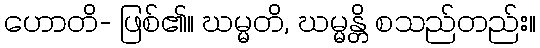
ဟောတိ- ဖြစ်၏။ ဃမ္မတိ, ဃမ္မန္တိ စသည်တည်း။